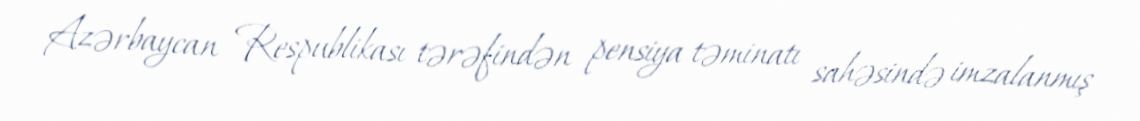
Azərbaycan Respublikası tərəfindən pensiya təminatı sahəsində imzalanmış